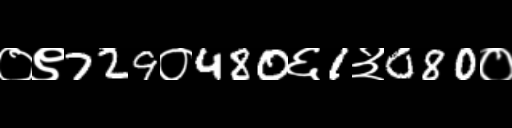
Text: ०९729०480६1३080०